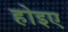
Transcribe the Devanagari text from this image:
होइए